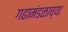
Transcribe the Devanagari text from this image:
गढामंडळाच्या